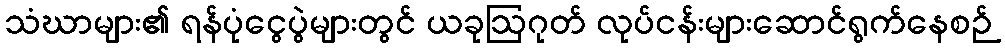
သံဃာများ၏ ရန်ပုံငွေပွဲများတွင် ယခုဩဂုတ် လုပ်ငန်းများဆောင်ရွက်နေစဉ်